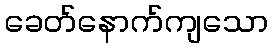
ခေတ်နောက်ကျသော